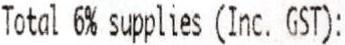
TOTAL 6% SUPPLIES (INC. GST):